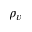
\rho _ { v }